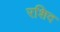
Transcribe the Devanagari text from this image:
रशिद